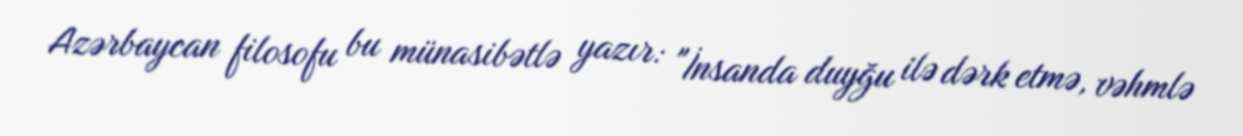
Azərbaycan filosofu bu münasibətlə yazır: "İnsanda duyğu ilə dərk etmə, vəhmlə